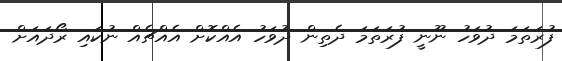
ފުރަތަމަ ދުވަހު ނޫނީ ފުރަތަމަ ދެތިން ދުވަހު އެއްކޮށް އެއްޗެއް ނުކައި ރޯދައަށް